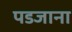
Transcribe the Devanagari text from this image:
पडजाना